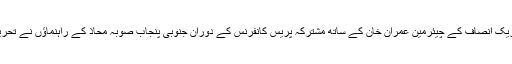
اسلام آباد میں مقامی ہوٹل میں پاکستان تحریک انصاف کے چیئرمین عمران خان کے ساتھ مشترکہ پریس کانفرنس کے دوران جنوبی پنجاب صوبہ محاذ کے راہنماؤں نے تحریک انصاف کے ساتھ انضمام کا اعلان کیا۔